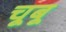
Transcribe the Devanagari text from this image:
चूबू